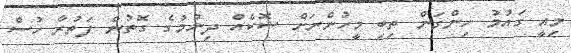
މިއީ ގައުމު ހިންގަން ތިބި މީހުންނަށް ޝޮކެއް ދިނުމުގެ ގޮތުން ފަތުރާ ހުސް